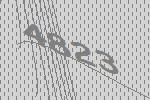
4823